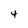
Character: 4